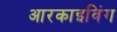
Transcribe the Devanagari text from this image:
आरकाइविंग